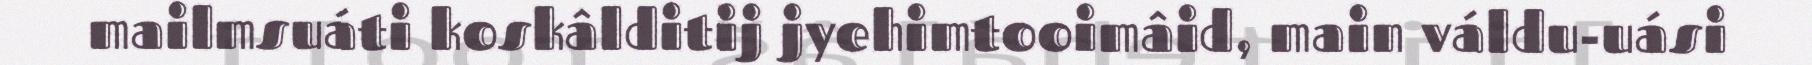
mailmsuáti koskâlditij jyehimtooimâid, main váldu-uási